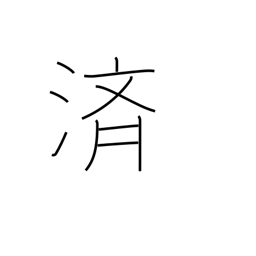
Meaning: relieve (burden)